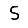
Digit: 5